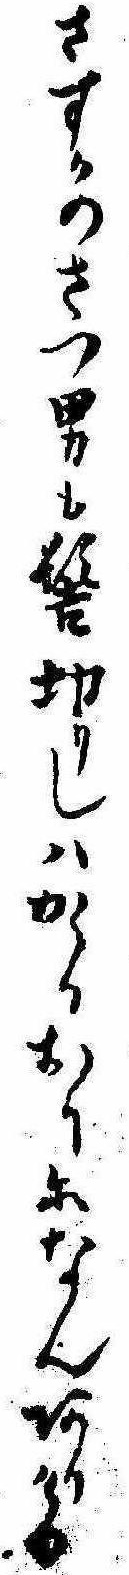
さすかのさつ男も髻切りしはかゝるおりになんありける